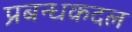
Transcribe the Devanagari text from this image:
प्रबन्धकदल